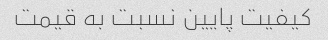
کیفیت پایین نسبت به قیمت